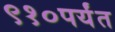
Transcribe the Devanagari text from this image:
९१०पर्यंत